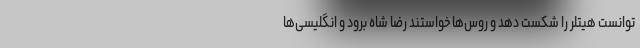
توانست هیتلر را شکست دهد و روس‌ها خواستند رضا شاه برود و انگلیسی‌ها